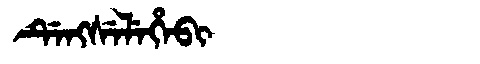
Manchu: ᡩᡝᠩᠰᡝᠯᡝᡥᡝᠪᡳ
Romanization: DENGSELEHEBI